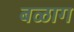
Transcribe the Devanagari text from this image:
बळाग